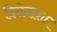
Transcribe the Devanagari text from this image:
दिसेनाशा